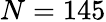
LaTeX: N=145